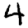
Digit: 4